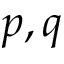
p , q